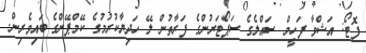
ފޮޓޯ: އަޝްވާ ފަހީމް ސައްލެގެ ސަޕޯޓަރުންގެ ފަރާތުން ލޭ ހަދިޔާކުރުމުގެ ކޭމްޕޭންގެ ބައިވެރިން.